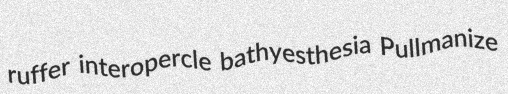
ruffer interopercle bathyesthesia Pullmanize